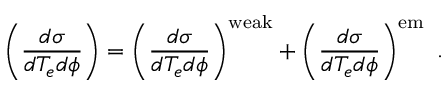
\left( \frac { d \sigma } { d T _ { e } d \phi } \right) = \left( \frac { d \sigma } { d T _ { e } d \phi } \right) ^ { \mathrm { w e a k } } + \left( \frac { d \sigma } { d T _ { e } d \phi } \right) ^ { \mathrm { e m } } ~ .